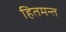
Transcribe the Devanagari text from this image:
हितमन्त